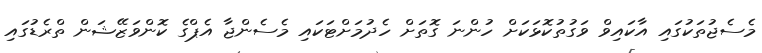
މެސެޖުތަކުގައި އާކައިވް ވަގުތުކޮޅަކަށް ހުންނަ ގޮތަށް ހެދުމަށްޓަކައި މެސެންޖާ އެޕްގެ ކޮންވަޒޭޝަން ތްރެޑުގައި